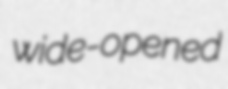
wide-opened